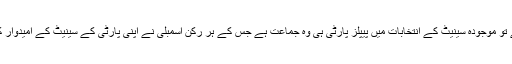
اگر دیکھا جائے تو موجودہ سینیٹ کے انتخابات میں پیپلز پارٹی ہی وہ جماعت ہے جس کے ہر رکن اسمبلی نے اپنی پارٹی کے سینیٹ کے امیدوار کو ہی ووٹ ڈالا۔